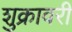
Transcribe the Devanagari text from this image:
शुक्रावरी